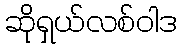
ဆိုရှယ်လစ်ဝါဒ